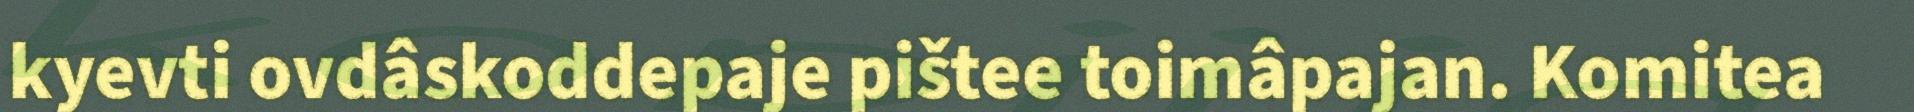
kyevti ovdâskoddepaje pištee toimâpajan. Komitea